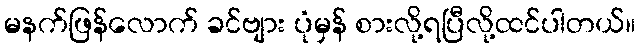
မနက်ဖြန်လောက် ခင်ဗျား ပုံမှန် စားလို့ရပြီလို့ထင်ပါတယ်။